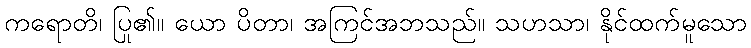
ကရောတိ၊ ပြု၏။ ယော ပိတာ၊ အကြင်အဘသည်။ သဟသာ၊ နိုင်ထက်မူသော